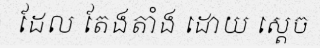
ដែល តែងតាំង ដោយ ស្តេច